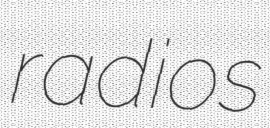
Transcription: radios